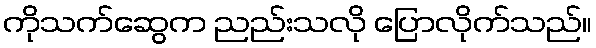
ကိုသက်ဆွေက ညည်းသလို ပြောလိုက်သည်။